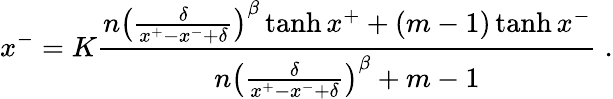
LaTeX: x^{-}=K\frac{n\left(\frac{\delta}{x^{+}-x^{-}+\delta}\right)^{\beta}\operatorname{tanh}{x^{+}}+(m-1)\operatorname{tanh}{x^{-}}}{n\left(\frac{\delta}{x^{+}-x^{-}+\delta}\right)^{\beta}+m-1}\; .